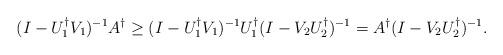
LaTeX: \begin{align*}(I-U_{1}^{\dagger}V_{1})^{-1}A^{\dagger} \geq (I-U_{1}^{\dagger}V_{1})^{-1}U_{1}^{\dagger}(I-V_{2}U_{2}^{\dag})^{-1} =A^{\dagger}(I-V_{2}U_{2}^{\dag})^{-1}.\end{align*}